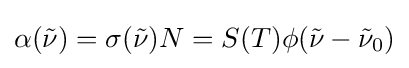
\alpha ({\tilde {\nu }})=\sigma ({\tilde {\nu }})N=S(T)\phi ({\tilde {\nu }}-{\tilde {\nu }}_{0})